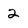
Character: 2